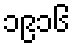
၁၉၁၆